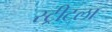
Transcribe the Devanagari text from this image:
स्ट्रीटला